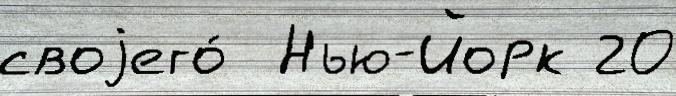
своjего́  Нью-Йорк 20